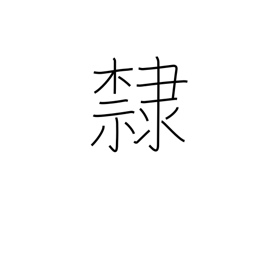
Meaning: prisoner